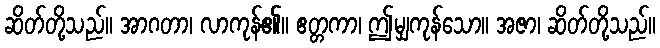
ဆိတ်တို့သည်။ အာဂတာ၊ လာကုန်၏။ ဧတ္တကာ၊ ဤမျှကုန်သော။ အဇာ၊ ဆိတ်တို့သည်။